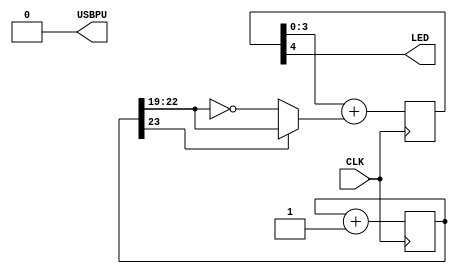
// look in pins.pcf for all the pin names on the TinyFPGA BX board
module top (
    input CLK,    // 16MHz clock
    output LED,   // User/boot LED next to power LED
    output USBPU  // USB pull-up resistor
);
    // drive USB pull-up resistor to '0' to disable USB
    assign USBPU = 0;

    reg[23:0] cnt;
    always @(posedge CLK) begin
        cnt <= cnt+1;
    end

    wire[3:0] PWM_input = cnt[23] ? cnt[22:19] : ~cnt[22:19];
    reg[4:0] PWM;
    always @(posedge CLK) begin
        PWM <= PWM[3:0] + PWM_input;
    end

    assign LED = PWM[4];
endmodule